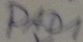
Text: PAD1